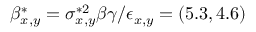
\beta _ { x , y } ^ { * } = \sigma _ { x , y } ^ { * 2 } \beta \gamma / \epsilon _ { x , y } = ( 5 . 3 , 4 . 6 )